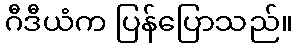
ဂီဒီယံက ပြန်ပြောသည်။